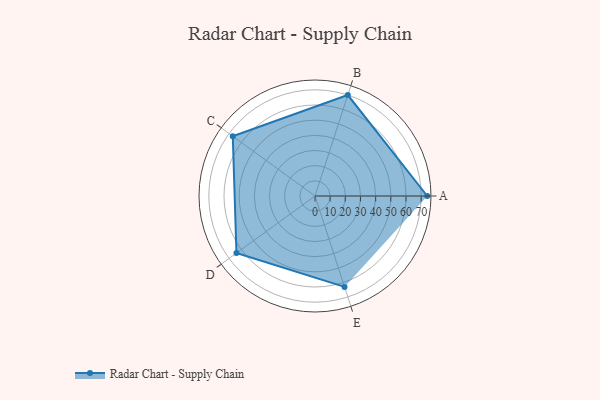
{"axis": {"x": "Skill", "y": "Score"}, "legend": ["Profile"], "data": [{"x": "A", "y": 74.0, "type": "Profile"}, {"x": "B", "y": 70.0, "type": "Profile"}, {"x": "C", "y": 67.0, "type": "Profile"}, {"x": "D", "y": 64.0, "type": "Profile"}, {"x": "E", "y": 63.0, "type": "Profile"}]}